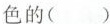
色的()